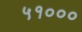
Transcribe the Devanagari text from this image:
५१०००